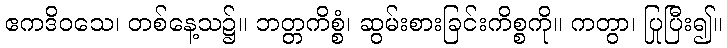
ဧကဒိဝသေ၊ တစ်နေ့သ၌။ ဘတ္တကိစ္စံ၊ ဆွမ်းစားခြင်းကိစ္စကို။ ကတွာ၊ ပြုပြီး၍။